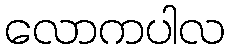
လောကပါလ